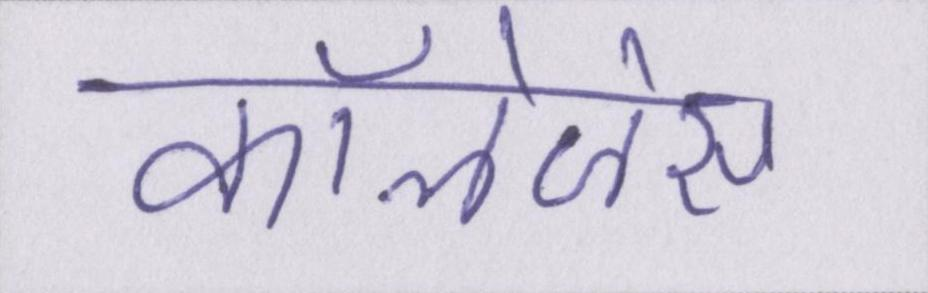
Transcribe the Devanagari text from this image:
कॉलेजेस